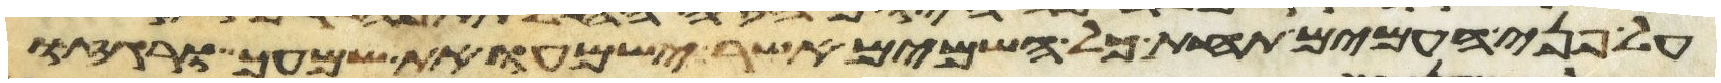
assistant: על פני העמים תחת כל השמים אשר ישמעו את שמעך ורגזו